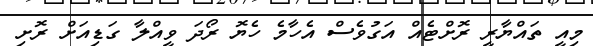
މިއީ ތައްޔާރީ ރޮށްޓެއް އަގުވެސް އެހާމެ ހެޔޮ ރޯދަ ވީއްލާ ގަޑިއަށް ރޮށި